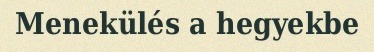
Menekülés a hegyekbe